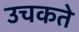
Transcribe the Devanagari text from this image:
उचकते